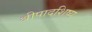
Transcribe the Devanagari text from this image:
श्रीपादशिष्य